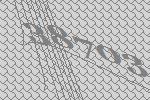
38703